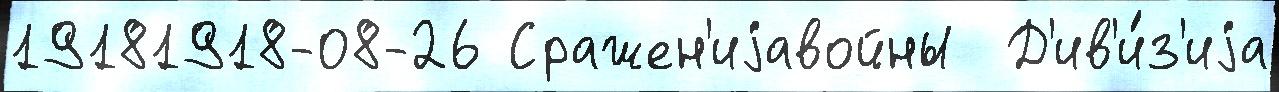
19181918-08-26 Сражен'иjавойны  Д'ив'и́з'иjа